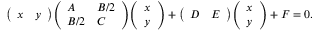
{ \left( \begin{array} { l l } { x } & { y } \end{array} \right) } { \left( \begin{array} { l l } { A } & { B / 2 } \\ { B / 2 } & { C } \end{array} \right) } { \left( \begin{array} { l } { x } \\ { y } \end{array} \right) } + { \left( \begin{array} { l l } { D } & { E } \end{array} \right) } { \left( \begin{array} { l } { x } \\ { y } \end{array} \right) } + F = 0 .